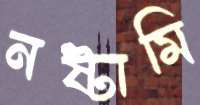
নষ্টামি